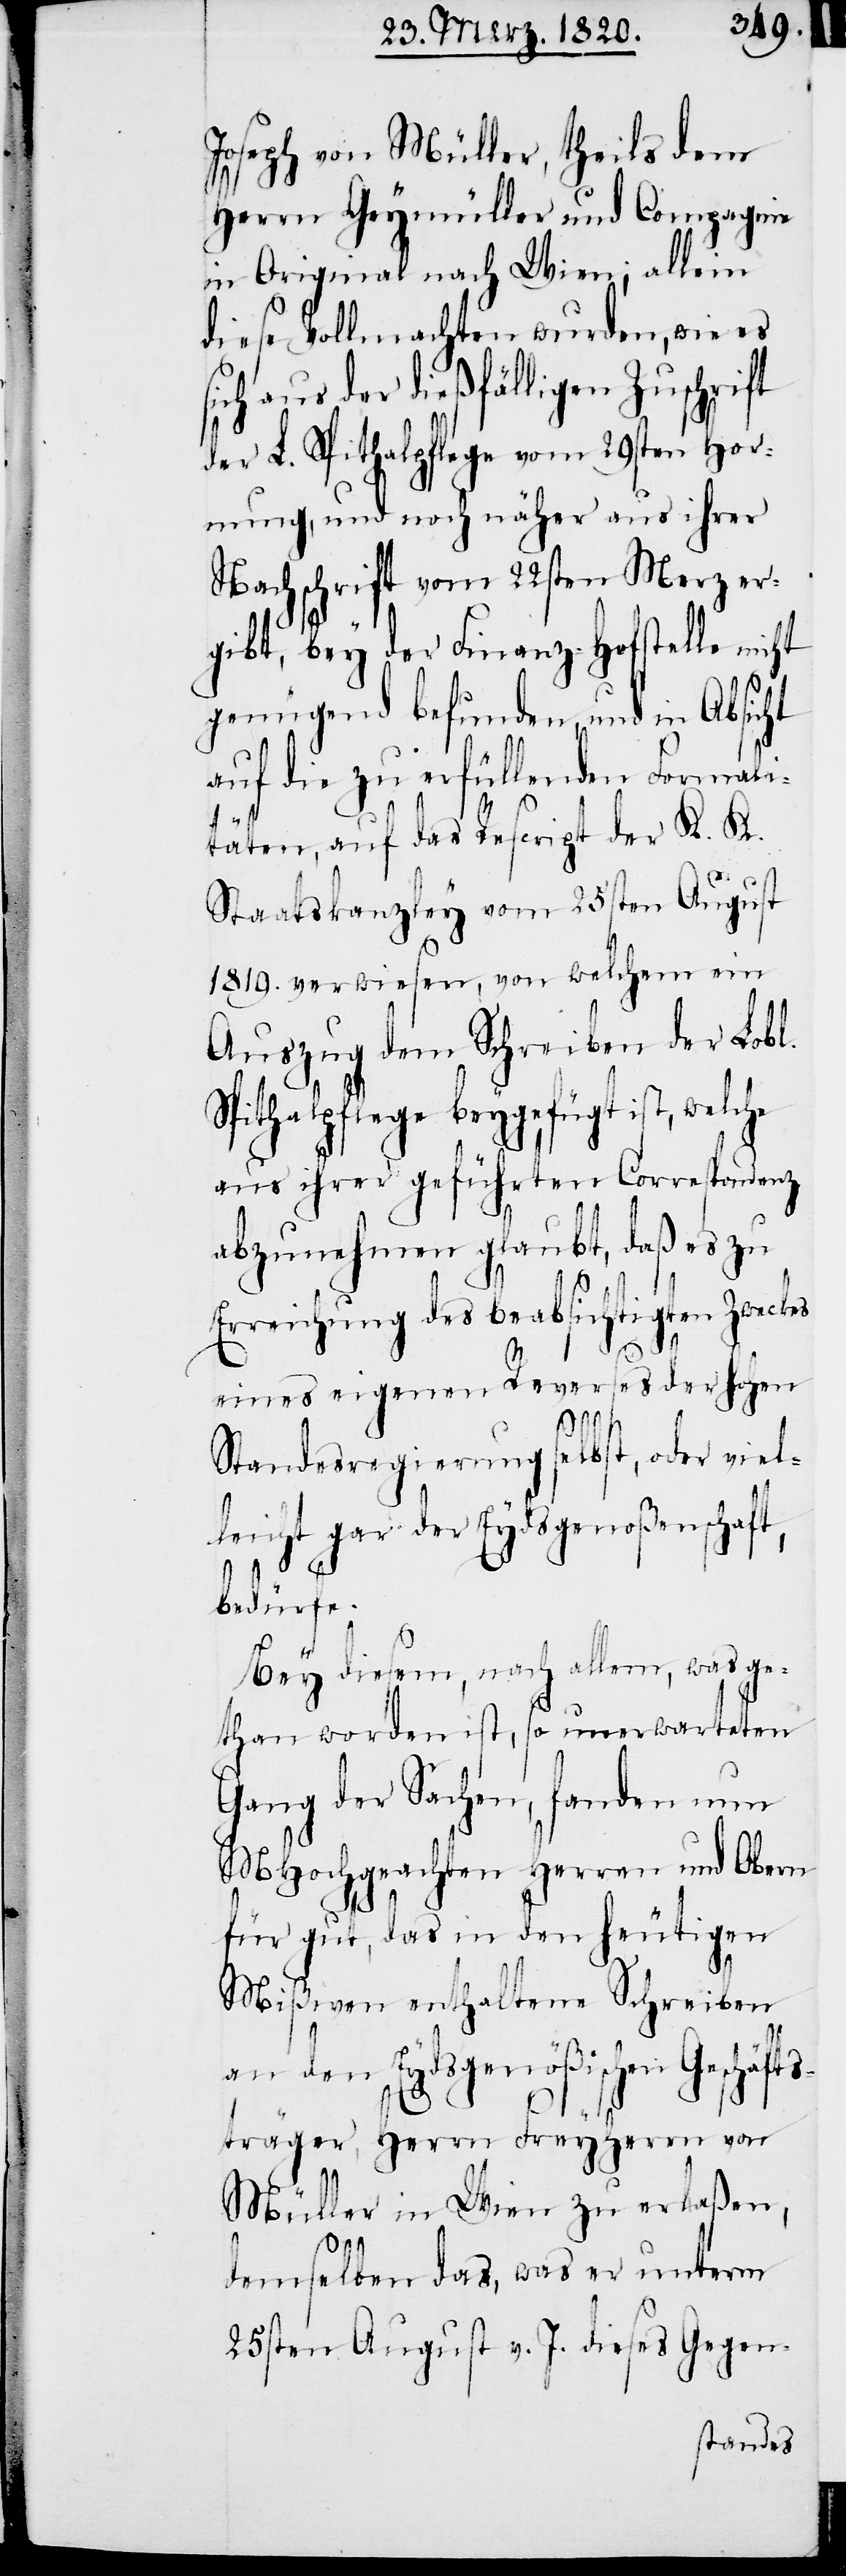
Joseph von Müller, theils dem
Herrn Geymüller und Compagnie
in Original nach Wien; allein
diese Vollmachten wurden, wie es
sich aus der dießfälligen Zuschrift
der L. Spithalpflege vom 29sten Hor¬
nung, und noch näher aus ihrer
Nachschrift vom 22sten Merz er¬
gibt, bey der Finanz-Hofstelle nicht
genügend befunden, und in Absicht
auf die zu erfüllenden Formali¬
täten, auf das Rescript der K. K.
Staatskanzley vom 25sten August
1819. verwiesen, von welchem ein
Auszug dem Schreiben der Lobl.
Spithalpflege beygefügt ist, welche
aus ihrer geführten Correspondenz
abzunehmen glaubt, daß es zu
Erreichung des beabsichtigten Zweckes
eines eigenen Reverses der hohen
Standesregierung selbst, oder viel¬
leicht gar der Eydsgenoßenschaft,
bedürfe.
Bey diesem, nach allem, was ge¬
than worden ist, so unerwarteten
Gang der Sachen, fanden nun
MHochgeachten Herren und Obern
für gut, das in den heutigen
Mißiven enthaltene Schreiben
an den Eydsgenößischen Geschäft¬
s¬
träger, Herrn Freyherrn von
Müller in Wien zu erlaßen,
demselben das, was er unterm
25sten August v. J. dieses Gegen-